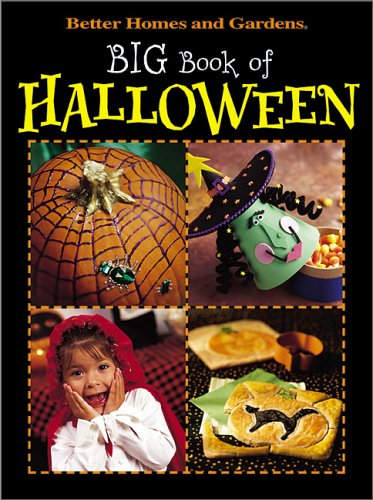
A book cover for Big Book of Halloween (Better Homes & Gardens); Better Homes and Gardens Books; Cookbooks, Food & Wine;